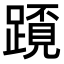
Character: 𨅂